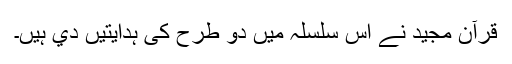
قرآن مجيد نے اس سلسلہ ميں دو طرح کى ہدايتيں دي ہيں۔